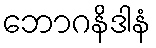
ဘောဂနိဒါနံ